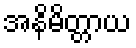
အနိမိတ္တာယ